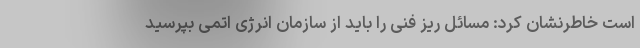
است خاطرنشان کرد: مسائل ریز فنی را باید از سازمان انرژی اتمی بپرسید